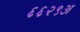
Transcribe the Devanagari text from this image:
६६२९अ